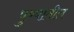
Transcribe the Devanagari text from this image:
पुण्‍यातील